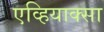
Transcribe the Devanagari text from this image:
एव्हियाक्सा